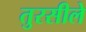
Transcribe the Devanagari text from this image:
तुरसीले